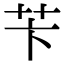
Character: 苄